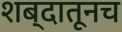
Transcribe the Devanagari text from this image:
शब्दातूनच